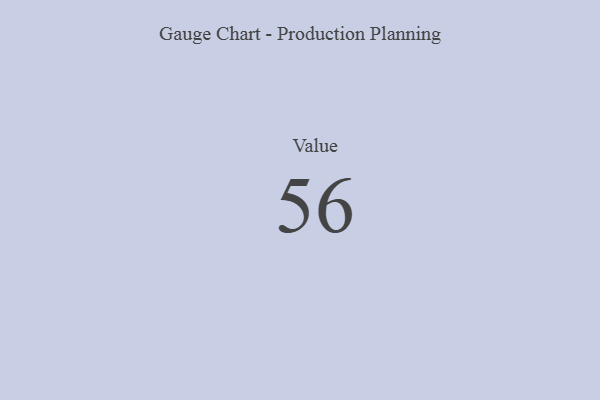
{"axis": {"x": "Metric", "y": "Value"}, "legend": [""], "data": [{"x": "Value", "y": 56, "type": ""}]}